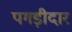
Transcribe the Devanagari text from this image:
पगड़ीदार